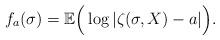
LaTeX: \begin{align*}f_a(\sigma)=\mathbb E\Big( \log| \zeta(\sigma, X)-a| \Big).\end{align*}